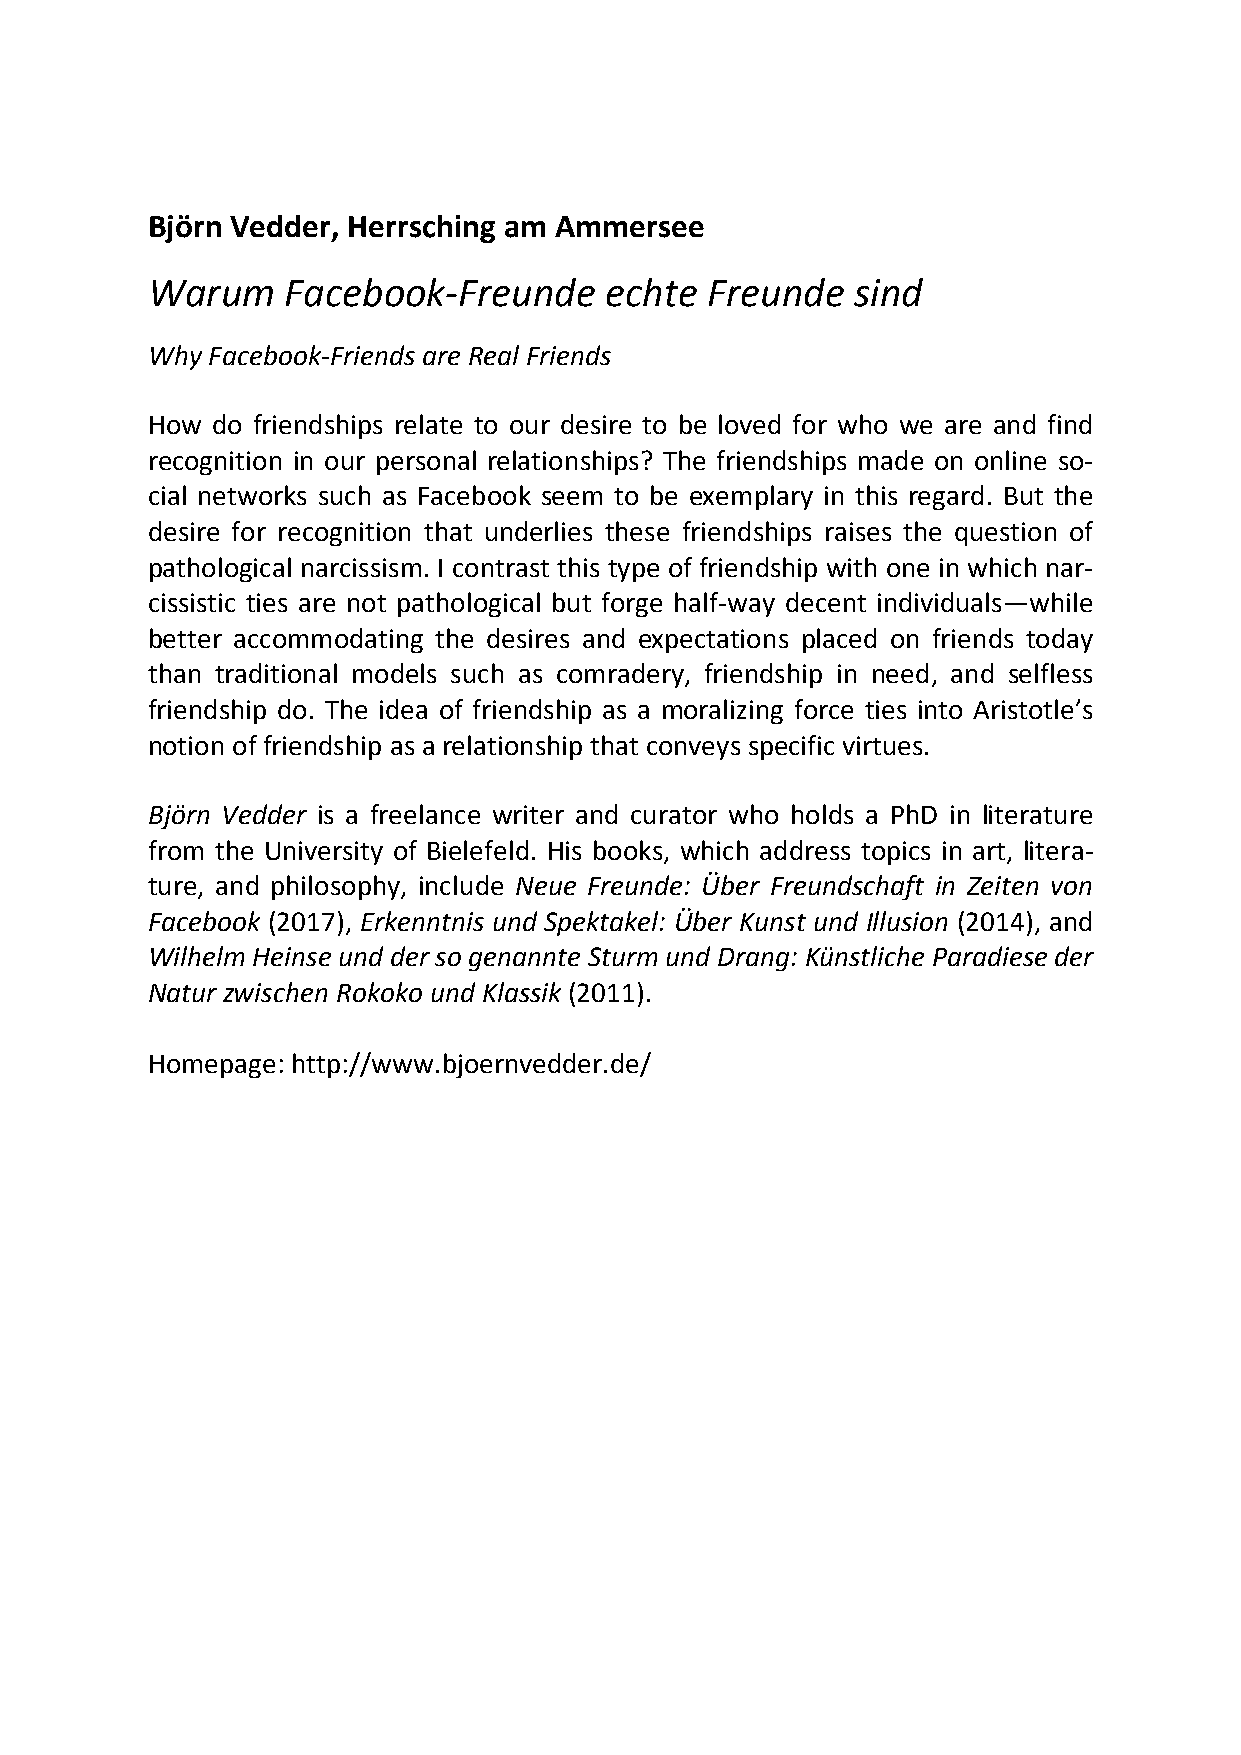
Björn Vedder, Herrsching am Ammersee
 Warum    Facebook‐Freunde     echte  Freunde   sind
 Why Facebook‐Friends are Real Friends
 How do friendships relate to our desire to be loved for who we are and find
 recognition in our personal relationships? The friendships made on online so‐
 cial networks such as Facebook seem to be exemplary in this regard. But the
 desire for recognition that underlies these friendships raises the question of
 pathological narcissism. I contrast this type of friendship with one in which nar‐
 cissistic ties are not pathological but forge half‐way decent individuals—while
 better accommodating the desires and expectations placed on friends today
 than traditional models such as comradery, friendship in need, and selfless
 friendship do. The idea of friendship as a moralizing force ties into Aristotle’s
 notion of friendship as a relationship that conveys specific virtues.
 Björn Vedder is a freelance writer and curator who holds a PhD in literature
 from the University of Bielefeld. His books, which address topics in art, litera‐
 ture, and philosophy, include Neue Freunde: Über Freundschaft in Zeiten von
 Facebook (2017), Erkenntnis und Spektakel: Über Kunst und Illusion (2014), and
 Wilhelm Heinse und der so genannte Sturm und Drang: Künstliche Paradiese der
 Natur zwischen Rokoko und Klassik (2011).
 Homepage: http://www.bjoernvedder.de/